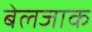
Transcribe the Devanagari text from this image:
बेलजाक